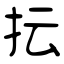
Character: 抎